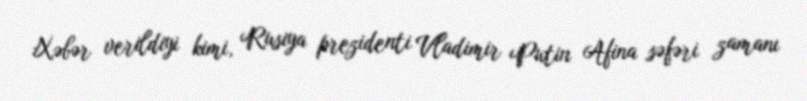
Xəbər verildiyi kimi, Rusiya prezidenti Vladimir Putin Afina səfəri zamanı